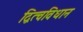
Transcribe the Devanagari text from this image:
द्वित्वविधान